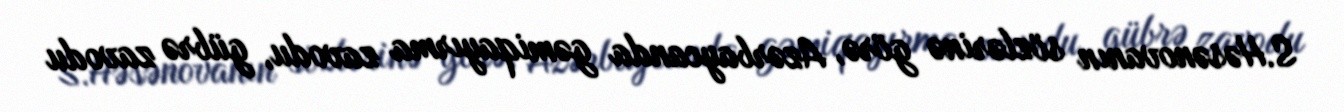
S.Həsənovanın sözlərinə görə, Azərbaycanda gəmiqayırma zavodu, gübrə zavodu